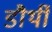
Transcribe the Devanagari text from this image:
डौर्थी